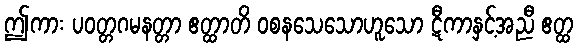
ဤကား ပဝတ္တဂမနတ္တာ ဧတ္ထာတိ ဝစနသေသောဟူသော ဋီကာနှင့်အညီ ဧတ္ထ